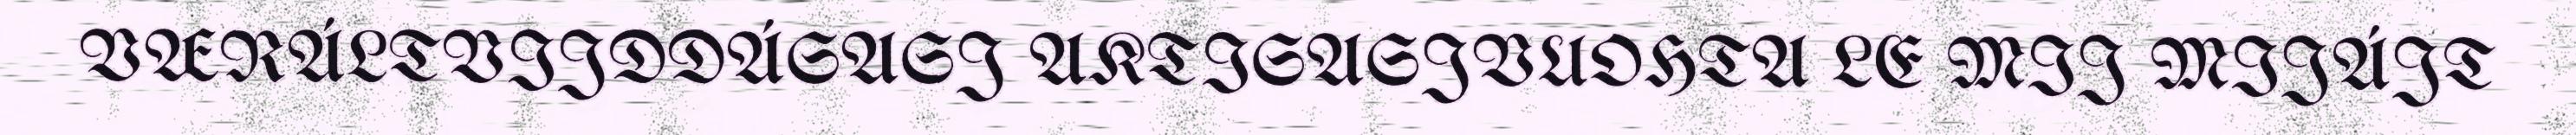
VÆRÁLTVIJDDÁSASJ AKTISASJVUOHTA LE MIJ MIJÁJT